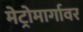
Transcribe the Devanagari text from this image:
मेट्रोमार्गावर